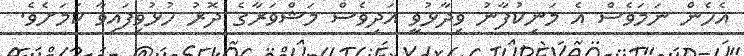
އެހެން ނަމަވެސް އެ މަނިކުފާނު ވިދާޅުވީ އަދިވެސް މަޝްވަރާގެ ދޮރު ހުޅުވިފައިވާ ކަމަށެވެ.